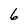
Character: 6